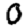
Digit: 0